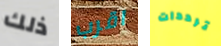
ذلك اقرب ترددات